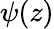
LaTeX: \psi(z)